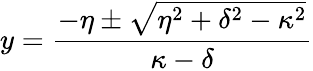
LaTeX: y=\frac{-\eta\pm\sqrt{\eta^{2}+\delta^{2}-\kappa^{2}}}{\kappa-\delta}